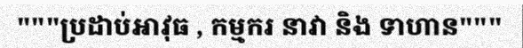
"""ប្រដាប់អាវុធ , កម្មករ នាវា និង ទាហាន"""